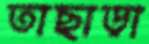
তাছাড়া